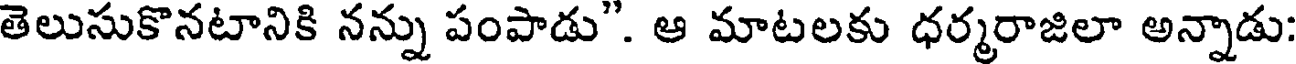
తెలుసుకొనటానికి నన్ను పంపాడు". ఆ మాటలకు ధర్మరాజిలా అన్నాడు